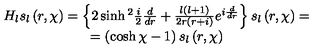
\begin{array} { c } { H _ { l } s _ { l } \left( r , \chi \right) = \left\{ 2 \sinh { } ^ { 2 } \frac { i } { 2 } \frac { d } { d r } + \frac { l \left( l + 1 \right) } { 2 r \left( r + i \right) } e ^ { i \frac { d } { d r } } \right\} s _ { l } \left( r , \chi \right) = } \\ { = \left( \cosh \chi - 1 \right) s _ { l } \left( r , \chi \right) } \\ \end{array}